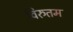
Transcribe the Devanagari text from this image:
विरुतम